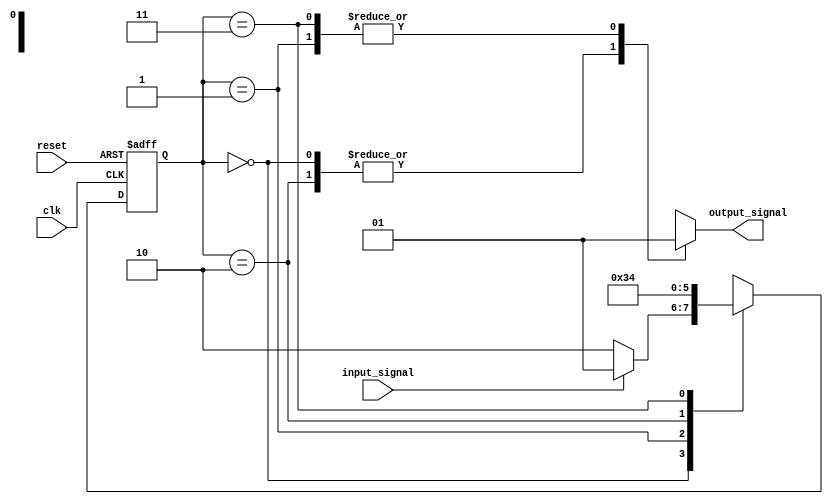
module state_machine (
    input wire clk,
    input wire reset,
    input wire input_signal,
    output reg output_signal
);

// Define states using binary encoding
parameter state0 = 2'b00;
parameter state1 = 2'b01;
parameter state2 = 2'b10;
parameter state3 = 2'b11;

// Define state register
reg [1:0] current_state, next_state;

// State transition logic
always @ (posedge clk or posedge reset)
begin
    if (reset)
        current_state <= state0;
    else
        current_state <= next_state;
end

// Next state logic
always @ *
begin
    case (current_state)
        state0: begin
            if (input_signal)
                next_state = state1;
            else
                next_state = state2;
        end
        state1: begin
            next_state = state3;
        end
        state2: begin
            next_state = state1;
        end
        state3: begin
            next_state = state0;
        end
    endcase
end

// Output logic
always @ *
begin
    case (current_state)
        state0: output_signal = 0;
        state1: output_signal = 1;
        state2: output_signal = 0;
        state3: output_signal = 1;
    endcase
end

endmodule